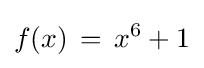
f(x)\,=\,x^{6}+1